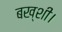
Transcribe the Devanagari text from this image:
बख्शी।